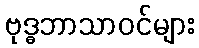
ဗုဒ္ဓဘာသာဝင်များ